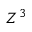
Z ^ { 3 }